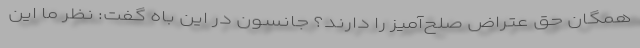
همگان حق عتراض صلح‌آمیز را دارند؟ جانسون در این باه گفت: نظر ما این